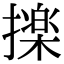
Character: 𭢫